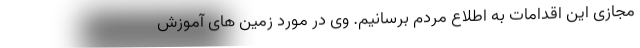
مجازی این اقدامات به اطلاع مردم برسانیم. وی در مورد زمین های آموزش